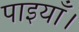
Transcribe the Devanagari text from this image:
पाइयाँ।